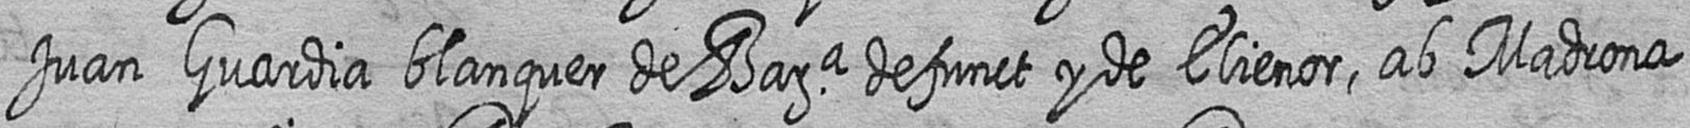
Juan Guardia blanquer de Bara defunct y de Elienor ab Madrona